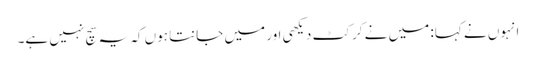
انہوں نے کہا: میں نے کرکٹ دیکھی اور میں جانتا ہوں کہ یہ سچ نہیں ہے۔